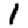
Digit: 1